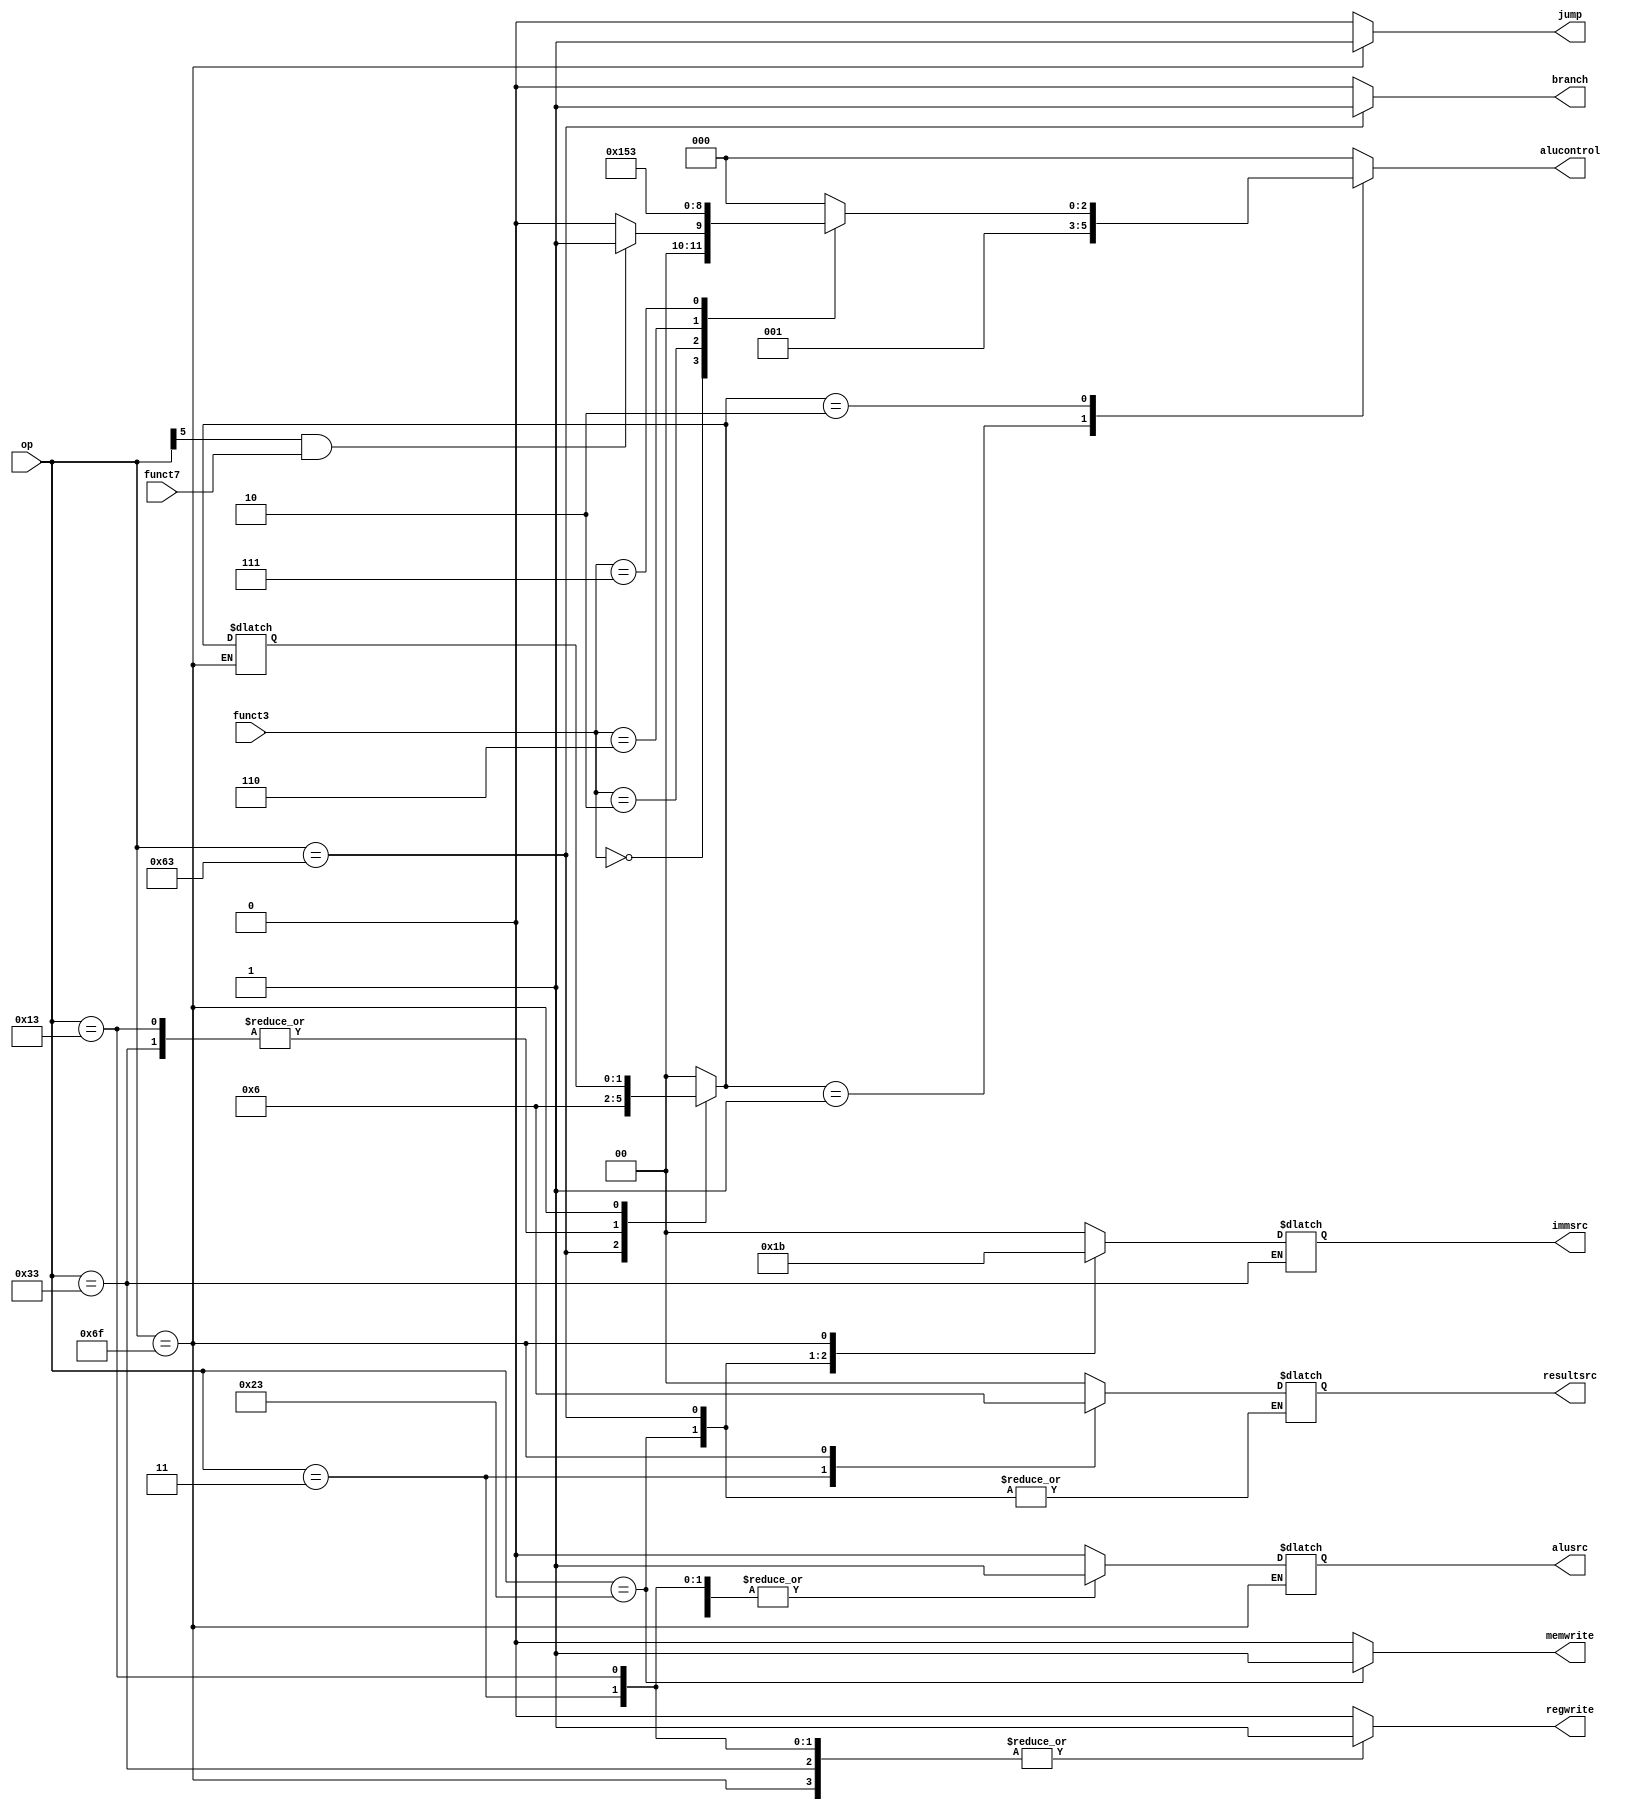
`timescale 1ns / 1ps
//////////////////////////////////////////////////////////////////////////////////
// Company: 
// Engineer: 
// 
// Design Name: 
// Module Name: controlunit
// Project Name: 
// Target Devices: 
// Tool Versions: 
// Description: 
// 
// Dependencies: 
// 
// Revision:
// Revision 0.01 - File Created
// Additional Comments:
// 
//////////////////////////////////////////////////////////////////////////////////




module control_unit(op,funct3,funct7,resultsrc,memwrite,alusrc,regwrite,immsrc,alucontrol,branch,jump);
input [6:0]op;
input [2:0]funct3;
input funct7;
output reg [1:0]immsrc,resultsrc;
output reg[2:0]alucontrol;
output reg memwrite,alusrc,regwrite;
reg [1:0]aluop;
output reg branch,jump;
always@(*) begin
case(op)
7'b0000011: begin //3---lw----load instructions
regwrite=1'b1;
immsrc=2'b00;
alusrc=1'b1;
memwrite=1'b0;
resultsrc=2'b01;
aluop=2'b00;
branch=1'b0;
jump=1'b0;
end
7'b0100011: begin //35------sw stype
regwrite=1'b0;
immsrc=2'b01;
alusrc=1'b1;
memwrite=1'b1;
//resultsrc=2'bxx;
aluop=2'b00;
branch=1'b0;
jump=1'b0;

end
7'b0110011: begin //51------R type
regwrite=1'b1;
//immsrc=2'bxx;
alusrc=1'b0;
memwrite=1'b0;
resultsrc=2'b00;
aluop=2'b10;
branch=1'b0;
jump=1'b0;

end
7'b1100011:begin //99--------beq
regwrite=1'b0;
immsrc=2'b10;
alusrc=1'b0;
memwrite=1'b0;
//resultsrc=2'bxx;
aluop=2'b01;
branch=1'b1;
jump=1'b0;

end
7'b0010011: begin //19----addi
regwrite=1'b1;
immsrc=2'b00;
alusrc=1'b1;
memwrite=1'b0;
resultsrc=2'b00;
aluop=2'b10;//10
branch=1'b0;
jump=1'b0;

end
7'b1101111: begin//111----------jal
regwrite=1'b1;
immsrc=2'b11;
memwrite=1'b0;
resultsrc=2'b10;
branch=1'b0;
jump=1'b1;
end
default: begin
regwrite=1'b0;
immsrc=2'b00;
alusrc=1'b0;
memwrite=1'b0;
resultsrc=2'b00;
aluop=2'b00;
branch=1'b0;
jump=1'b0;
end
endcase

case(aluop) 
2'b00:alucontrol=3'b000;
2'b01:alucontrol=3'b001;
2'b10: begin 
case(funct3)
3'b000:begin
if(op[5]==1 && funct7==1) alucontrol<=3'b001;
else alucontrol<=3'b000;end
3'b010:alucontrol=3'b101; 
3'b110:alucontrol=3'b010 ;
3'b111:alucontrol=3'b011 ; 
default: alucontrol=3'b000;
endcase
end
default: alucontrol=3'b000;
endcase
end
endmodule